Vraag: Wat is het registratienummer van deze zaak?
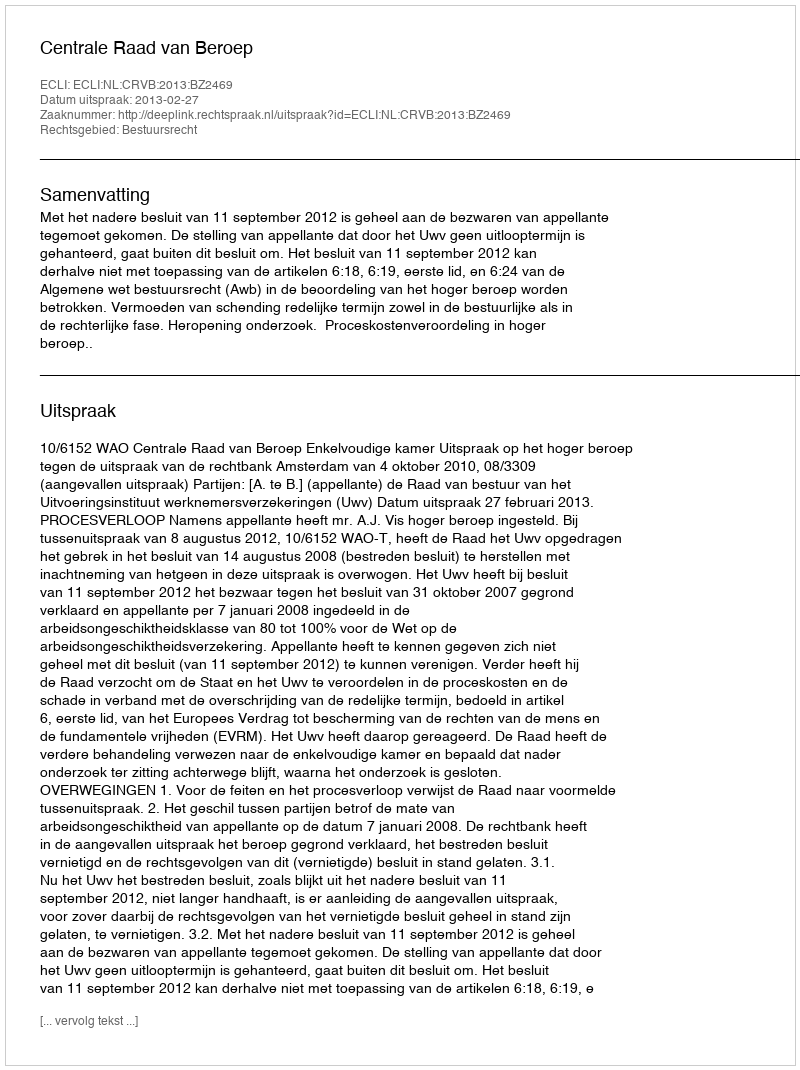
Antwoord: http://deeplink.rechtspraak.nl/uitspraak?id=ECLI:NL:CRVB:2013:BZ2469